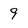
Character: 9